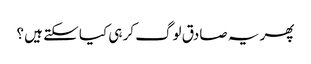
پھر یہ صادق لوگ کر ہی کیا سکتے ہیں ؟